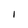
Character: I